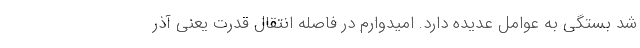
شد بستگی به عوامل عدیده دارد. امیدوارم در فاصله انتقال قدرت یعنی آذر